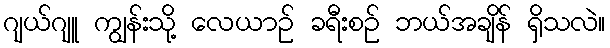
ဂျယ်ဂျူ ကျွန်းသို့ လေယာဉ် ခရီးစဉ် ဘယ်အချိန် ရှိသလဲ။